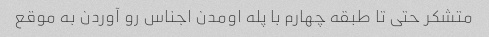
متشکر حتی تا طبقه چهارم با پله اومدن اجناس رو آوردن به موقع